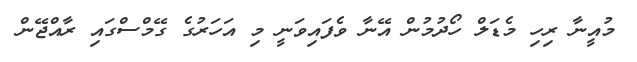
މުއީނާ ރިހި މެޑަލް ހޯދުމުން އޭނާ ވެފައިވަނީ މި އަހަރުގެ ގޭމްސްގައި ރާއްޖޭން